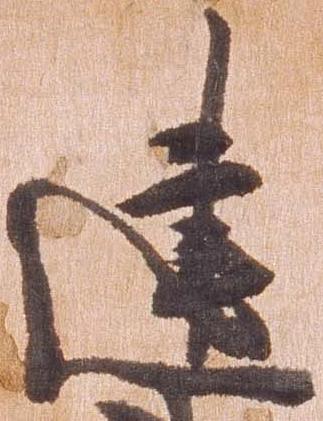
建